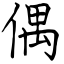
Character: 偶